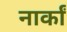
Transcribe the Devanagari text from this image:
नार्कां